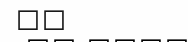
٢٦